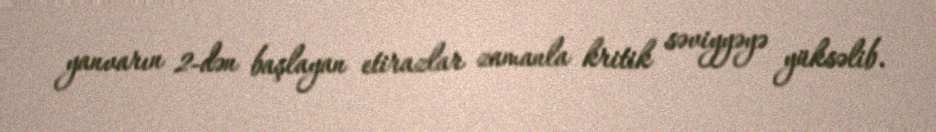
yanvarın 2-dən başlayan etirazlar zamanla kritik səviyyəyə yüksəlib.